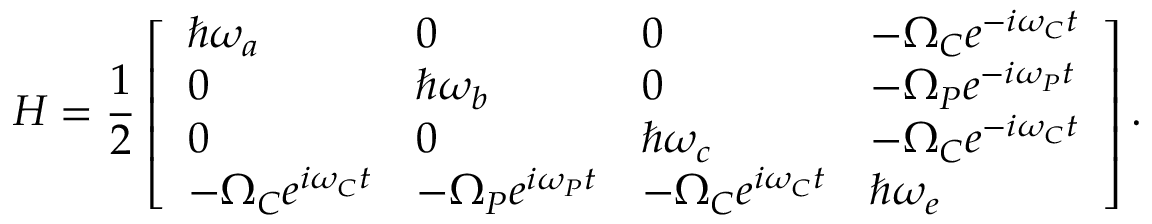
H = \frac { 1 } { 2 } \left[ \begin{array} { l l l l } { \hbar \omega _ { a } } & { 0 } & { 0 } & { - \Omega _ { C } e ^ { - i \omega _ { C } t } } \\ { 0 } & { \hbar \omega _ { b } } & { 0 } & { - \Omega _ { P } e ^ { - i \omega _ { P } t } } \\ { 0 } & { 0 } & { \hbar \omega _ { c } } & { - \Omega _ { C } e ^ { - i \omega _ { C } t } } \\ { - \Omega _ { C } e ^ { i \omega _ { C } t } } & { - \Omega _ { P } e ^ { i \omega _ { P } t } } & { - \Omega _ { C } e ^ { i \omega _ { C } t } } & { \hbar \omega _ { e } } \end{array} \right] .